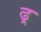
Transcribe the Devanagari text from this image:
ढ़्